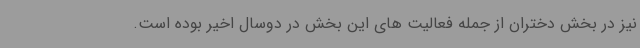
نیز در بخش دختران از جمله فعالیت های این بخش در دوسال اخیر بوده است.